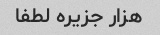
هزار جزیره لطفا